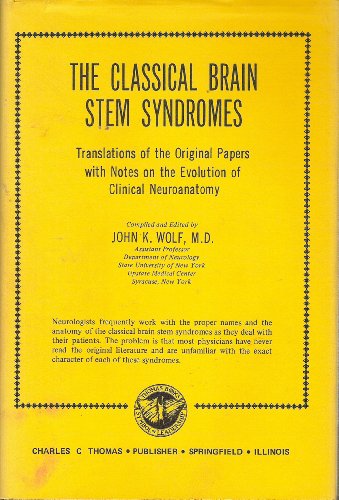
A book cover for The Classical Brain Stem Syndromes: Translations of the Original Papers with Notes on the Evolution of.Clinical Neuroanatomy; John K. (Compiled by) Wolf; Medical Books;